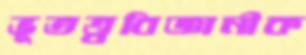
ভূতত্ত্ববিজ্ঞানীক